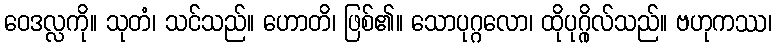
ဝေဒလ္လကို။ သုတံ၊ သင်သည်။ ဟောတိ၊ ဖြစ်၏။ သောပုဂ္ဂလော၊ ထိုပုဂ္ဂိုလ်သည်။ ဗဟုကဿ၊